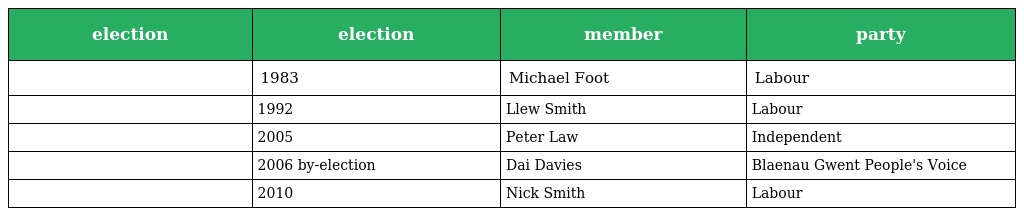
| election | election | member | party |
 | --- | --- | --- | --- |
 |  | 1983 | Michael Foot | Labour |
 |  | 1992 | Llew Smith | Labour |
 |  | 2005 | Peter Law | Independent |
 |  | 2006 by-election | Dai Davies | Blaenau Gwent People's Voice |
 |  | 2010 | Nick Smith | Labour |